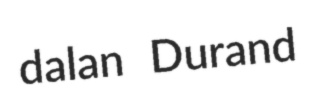
dalan Durand